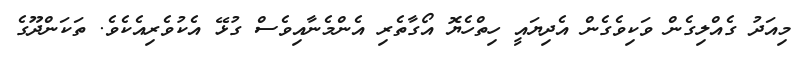
މިއަދު ގެއްލިގެން ވަކިވެގެން އެދިޔައީ ހިތްހެޔޮ އޯގާތެރި އެންމެނާއިވެސް ގުޅޭ އެކުވެރިއެކެވެ. ތަކަންދޫގެ